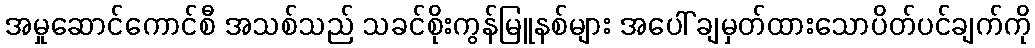
အမှုဆောင်ကောင်စီ အသစ်သည် သခင်စိုးကွန်မြူနစ်များ အပေါ် ချမှတ်ထားသောပိတ်ပင်ချက်ကို